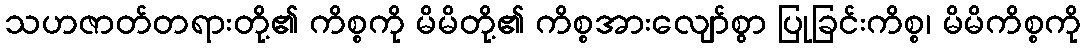
သဟဇာတ်တရားတို့၏ ကိစ္စကို မိမိတို့၏ ကိစ္စအားလျော်စွာ ပြုခြင်းကိစ္စ၊ မိမိကိစ္စကို